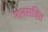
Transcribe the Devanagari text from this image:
मानसहित